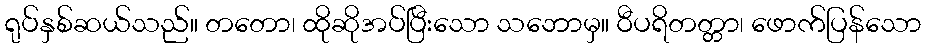
ရုပ်နှစ်ဆယ်သည်။ တတော၊ ထိုဆိုအပ်ပြီးသော သဘောမှ။ ဝီပရိတတ္တာ၊ ဖောက်ပြန်သော